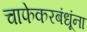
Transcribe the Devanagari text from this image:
चाफेकरबंधूंना